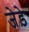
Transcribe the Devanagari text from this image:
जेड़े